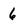
Character: 6